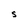
Character: S